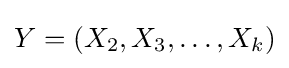
Y=(X_{2},X_{3},\ldots ,X_{k})